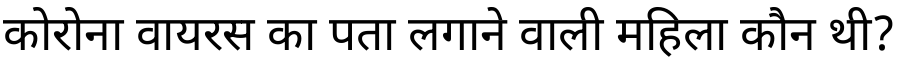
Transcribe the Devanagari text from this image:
कोरोना वायरस का पता लगाने वाली महिला कौन थी?